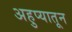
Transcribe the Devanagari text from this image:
अहुप्यातून